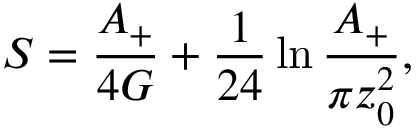
S = { \frac { A _ { + } } { 4 G } } + { \frac { 1 } { 2 4 } } \ln { \frac { A _ { + } } { \pi z _ { 0 } ^ { 2 } } } ,